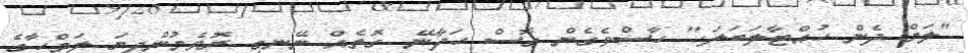
"ލަމް ދެން ހުއްޓާލަބަލަ." ހާސްވެގެން ގޮސް ހަދާނޭ ގޮތެއް ނޭނގި ރޮވެމުންދިޔަ ލަމްހާގެ